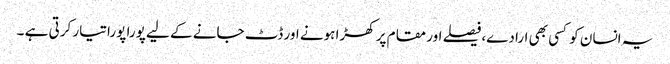
یہ انسان کو کسی بھی ارادے،فیصلے اور مقام پر کھڑا ہونے اور ڈٹ جانے کے لیے پورا پورا تیار کرتی ہے ۔